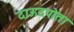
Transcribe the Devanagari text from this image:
दाऊदपोता